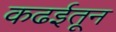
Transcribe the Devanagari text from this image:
कढईतून